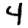
Digit: 4